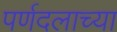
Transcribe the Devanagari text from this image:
पर्णदलाच्या